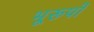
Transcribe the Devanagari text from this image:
भूरूपों